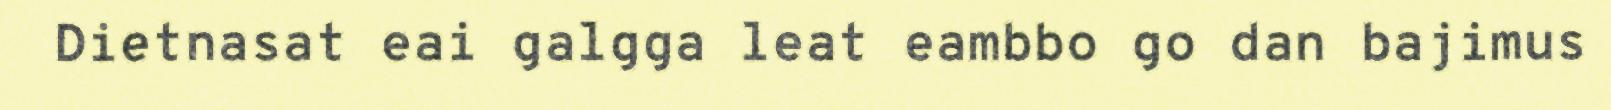
Dietnasat eai galgga leat eambbo go dan bajimus